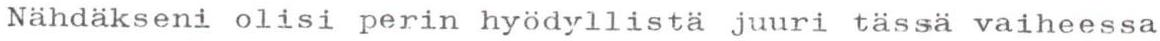
Nähdäkseni olisi perin hyödyllistä juuri tässä vaiheessa